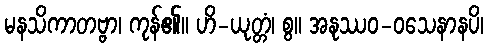
မနသိကာတဗ္ဗာ၊ ကုန်၏။ ဟိ-ယုတ္တံ၊ စွ။ အနုဿဝ-ဝသေနာနပိ၊